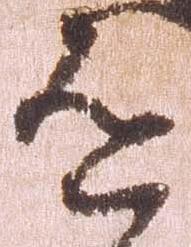
道